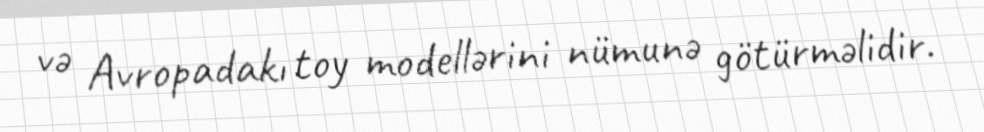
və Avropadakı toy modellərini nümunə götürməlidir.